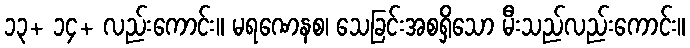
၁၃+ ၁၄+ လည်းကောင်း။ မရဏေနစ၊ သေခြင်းအစရှိသော မီးသည်လည်းကောင်း။